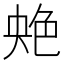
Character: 䒋